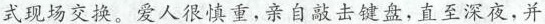
式现场交换。爱人很慎重，晴子敲击键盘，直至深夜，并